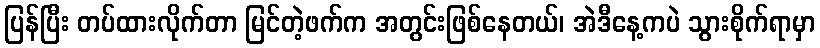
ပြန်ပြီး တပ်ထားလိုက်တာ မြင်တဲ့ဖက်က အတွင်းဖြစ်နေတယ်၊ အဲဒီနေ့ကပဲ သွားစိုက်ရာမှာ